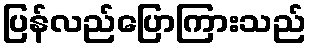
ပြန်လည်ပြောကြားသည်